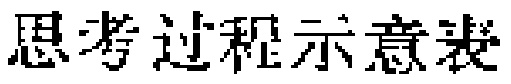
思考过程示意表